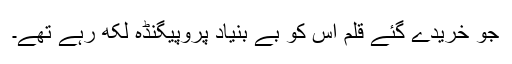
جو خریدے گئے قلم اس کو بے بنیاد پروپیگنڈہ لکھ رہے تھے۔